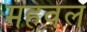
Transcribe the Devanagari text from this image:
महवल